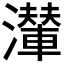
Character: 𤁥